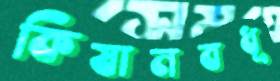
কিষানবধূ